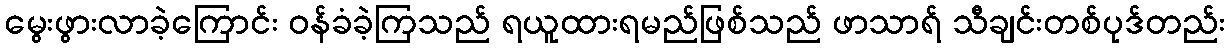
မွေးဖွားလာခဲ့ကြောင်း ဝန်ခံခဲ့ကြသည် ရယူထားရမည်ဖြစ်သည် ဖာသာရ် သီချင်းတစ်ပုဒ်တည်း